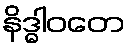
နိဒ္ဓါဝတေ